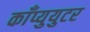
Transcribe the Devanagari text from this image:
काँप्युयुटर